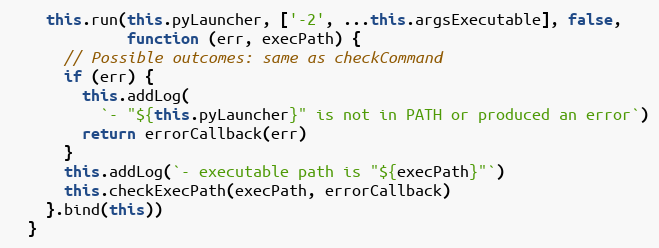
Language: JavaScript
    this.run(this.pyLauncher, ['-2', ...this.argsExecutable], false,
             function (err, execPath) {
      // Possible outcomes: same as checkCommand
      if (err) {
        this.addLog(
          `- "${this.pyLauncher}" is not in PATH or produced an error`)
        return errorCallback(err)
      }
      this.addLog(`- executable path is "${execPath}"`)
      this.checkExecPath(execPath, errorCallback)
    }.bind(this))
  }